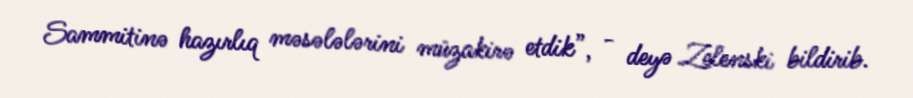
Sammitinə hazırlıq məsələlərini müzakirə etdik”, - deyə Zelenski bildirib.